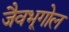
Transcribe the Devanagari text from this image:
जैवभूगोल